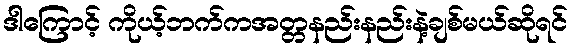
ဒါကြောင့် ကိုယ့်ဘက်ကအတ္တနည်းနည်းနဲ့ချစ်မယ်ဆိုရင်